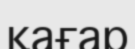
қағар